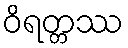
ဝိရတ္တဿ